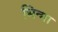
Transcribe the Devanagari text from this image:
भिन्गा